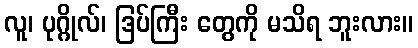
လူ၊ ပုဂ္ဂိုလ်၊ ဒြပ်ကြီး တွေကို မသိရ ဘူးလား။